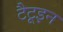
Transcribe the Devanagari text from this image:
टैटूइन